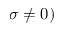
\sigma \neq 0 )